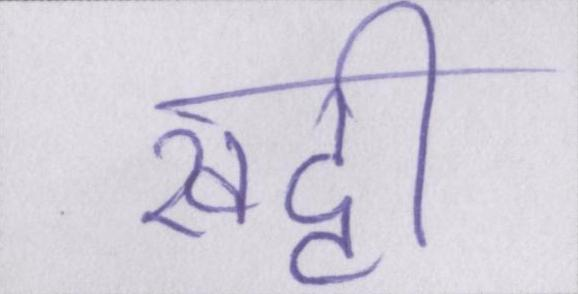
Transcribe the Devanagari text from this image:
खट्टी